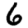
Digit: 6